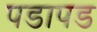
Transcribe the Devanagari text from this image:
पडापड